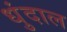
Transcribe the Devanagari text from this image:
धुंदाल